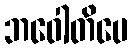
ဘဝေါတိပေ